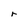
Character: r